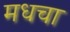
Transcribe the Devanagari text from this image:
मधचा